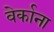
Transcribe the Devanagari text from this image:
वेर्काना